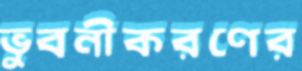
ভুবনীকরণের